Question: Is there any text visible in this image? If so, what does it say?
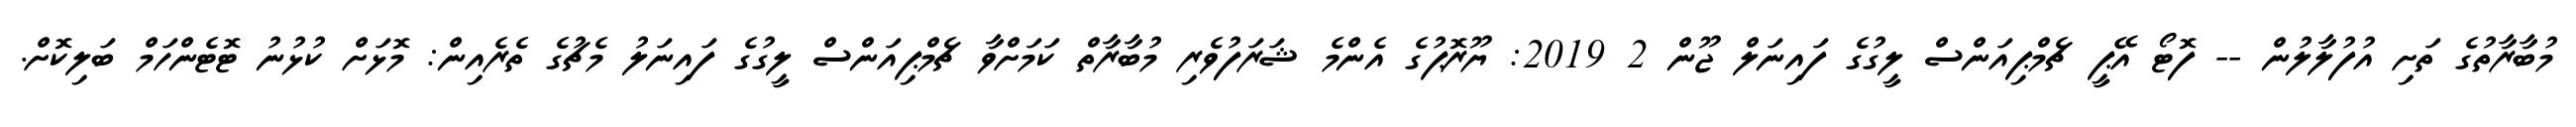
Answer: މުބާރާތުގެ ތަށި އުފުލާލުން -- ފޮޓޯ އޭޕީ ޗެމްޕިއަންސް ލީގުގެ ފައިނަލް ޖޫން 2 2019: ޔޫރޮޕުގެ އެންމެ ޝަރަފުވެރި މުބާރާތް ކަމަށްވާ ޗެމްޕިއަންސް ލީގުގެ ފައިނަލު މެޗުގެ ތެރެއިން: މޮޅަށް ކުޅުނު ޓޮޓެންހަމް ބަލިކޮށް.